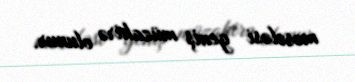
məsələsi geniş müzakirə olunur.